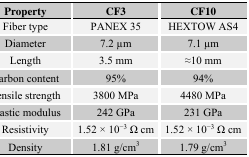
| Property | CF3 | CF10 |
 | --- | --- | --- |
 | Fiber type | PANEX 35 | HEXTOW AS4 |
 | Diameter | 7.2 μm | 7.1 μm |
 | Length | 3.5 mm | ≈10 mm |
 | Carbon content | 95% | 94% |
 | Tensile strength | 3800 MPa | 4480 MPa |
 | Elastic modulus | 242 GPa | 231 GPa |
 | Resistivity | 1.52 × 10−3 Ω cm | 1.52 × 10−3 Ω cm |
 | Density | 1.81 g/cm3 | 1.79 g/cm3 |